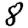
Digit: 8